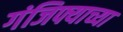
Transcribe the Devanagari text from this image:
गंजिफ्याच्या